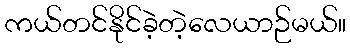
ကယ်တင်နိုင်ခဲ့တဲ့လေယာဉ်မယ်။